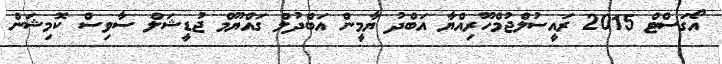
އޯގަސްޓް 2015 ރައީސުލްޖުމްހޫރިއްޔާ އަބްދު ޔާމީން އަބްދުލް ގައްޔޫމް ޖުޑީޝަލް ސާވިސް ކޮމިޝަން